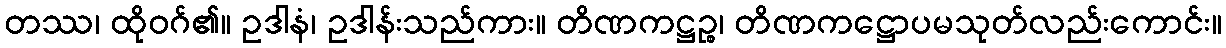
တဿ၊ ထိုဝဂ်၏။ ဥဒါနံ၊ ဥဒါန်းသည်ကား။ တိဏကဋ္ဌဉ္စ၊ တိဏကဋ္ဌောပမသုတ်လည်းကောင်း။